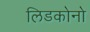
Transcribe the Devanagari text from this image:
लिडकोनो